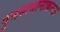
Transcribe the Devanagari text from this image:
पुनरुत्थानाकरता